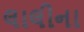
લાલીના